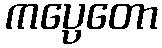
ကပ္ပေတော